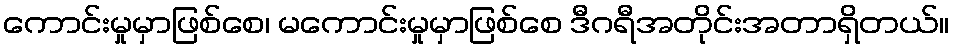
ကောင်းမှုမှာဖြစ်စေ၊ မကောင်းမှုမှာဖြစ်စေ ဒီဂရီအတိုင်းအတာရှိတယ်။